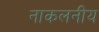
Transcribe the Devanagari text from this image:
नाकलनीय